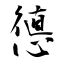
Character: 憄